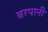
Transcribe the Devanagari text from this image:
बरपानी